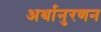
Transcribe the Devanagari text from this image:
अर्थानुरणन